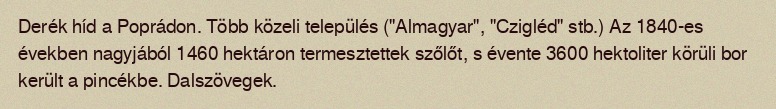
Derék híd a Poprádon. Több közeli település ("Almagyar", "Czigléd" stb.) Az 1840-es években nagyjából 1460 hektáron termesztettek szőlőt, s évente 3600 hektoliter körüli bor került a pincékbe. Dalszövegek.